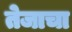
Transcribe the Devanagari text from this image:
तेजाचा